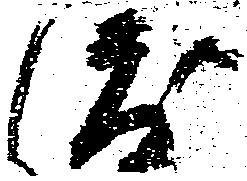
渡